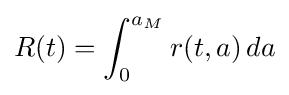
R(t)=\int _{0}^{a_{M}}r(t,a)\,da